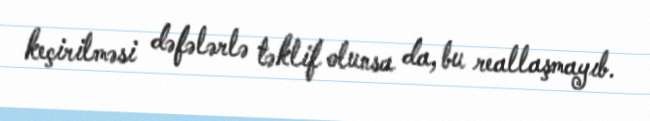
keçirilməsi dəfələrlə təklif olunsa da, bu reallaşmayıb.